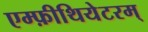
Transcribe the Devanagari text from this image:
एम्फ़ीथियेटरम्